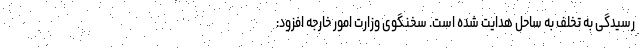
رسیدگی به تخلف به ساحل هدایت شده است. سخنگوی وزارت امور خارجه افزود: